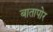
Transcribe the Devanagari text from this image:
बातापोर